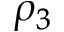
\rho _ { 3 }